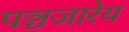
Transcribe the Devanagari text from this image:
पञ्चजारेय